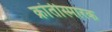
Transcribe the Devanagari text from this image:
क्रांतीस्मारक